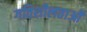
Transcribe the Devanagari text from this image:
गतिशीलताओं